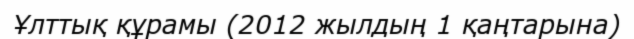
Ұлттық құрамы (2012 жылдың 1 қаңтарына)